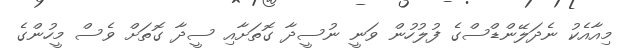
މިއާއެކު ނެދަލޭންޑްސްގެ ފުލުހުން ވަނީ ނުސީދާ ގޮތަށާއި ސީދާ ގޮތަށް ވެސް މީހުންގެ